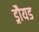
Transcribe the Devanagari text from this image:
ड्रौयड